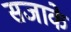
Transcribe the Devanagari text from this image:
सजाके